Annual report on the lock hospitals of the Madras Presidency
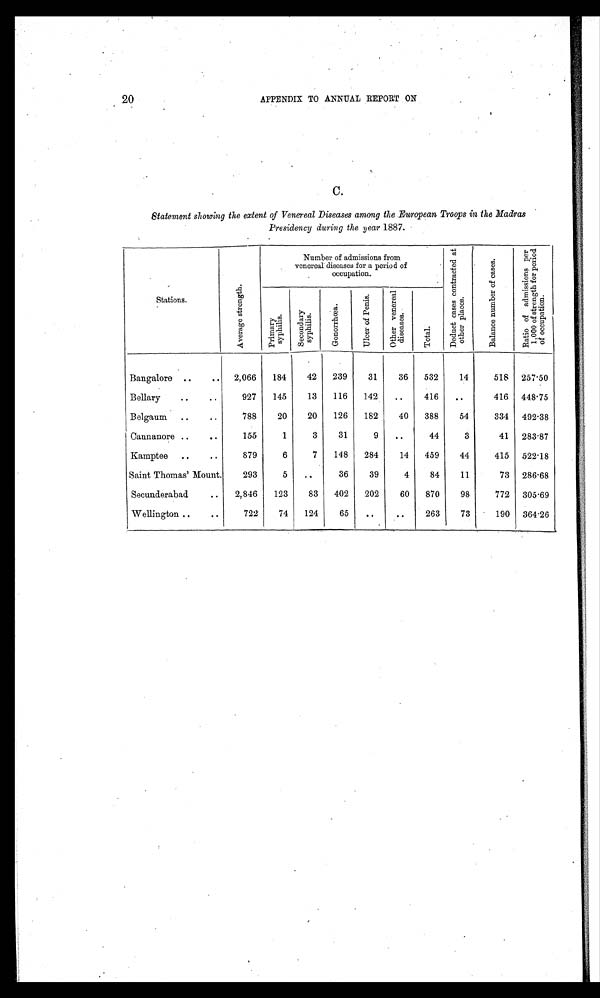
20
APPENDIX TO ANNUAL REPORT ON
C.
Statement showing the extent of Venereal Diseases among the European Troops in the Madras
Presidency during the year 1887.
Stations.
A v e r a g e s t r e n g t h .
Number of admissions from
venereal diseases for a period of
occupation.
D e d u c t c a s e s c o n t r a c t e d a t o t h e r p l a c e s .
B a l a n c e n u m b e r o f c a s e s .
R a t i o o f a d m i s s i o n s p e r 1 . 0 0 0 o f s t r e n g t h f o r p e r i o d o f o c c u p a t i o n .
P r i m a r y s y p h i l i s .
S e c o n d a r y s y p h i l i s .
G o n o r r h æ a .
U l c e r o f P e n i s .
O t h e r v e n e r e a l d i s e a s e s .
T o t a l .
Bangalore ..
..
2,066
184
42
239
31
36
532
14
518
257.50
Bellary
..
..
927
145
13
116
142
..
416
..
416
448.75
Belgaum
..
..
788
20
20
126
182
40
388
54
334
492.38
Cannanore ..
..
155
1
3
31
9
..
44
3
41
283.87
Kamptee
..
..
879
6
7
148
284
14
459
44
415
522.18
Saint Thomas' Mount.
293
5
..
36
39
4
84
11
73
286.68
Secunderabad
..
2,846
123
83
402
202
60
870
98
772
305.69
Wellington ..
..
722
74
124
65
..
..
263
73
190
364.26